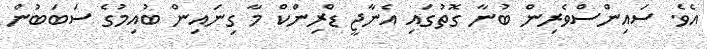
އެވެ. ސައިންސްވެރިން ބުނާ ގޮތުގައި އެނާޖީ ޑްރިންކް މާ ގިނައިން ބުއިމުގެ ސަބަބުން